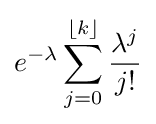
e^{-\lambda }\sum _{j=0}^{\lfloor k\rfloor }{\frac {\lambda ^{j}}{j!}}